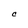
Character: C